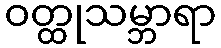
ဝတ္ထုသမ္ဘာရာ